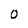
Character: 0